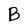
Character: B